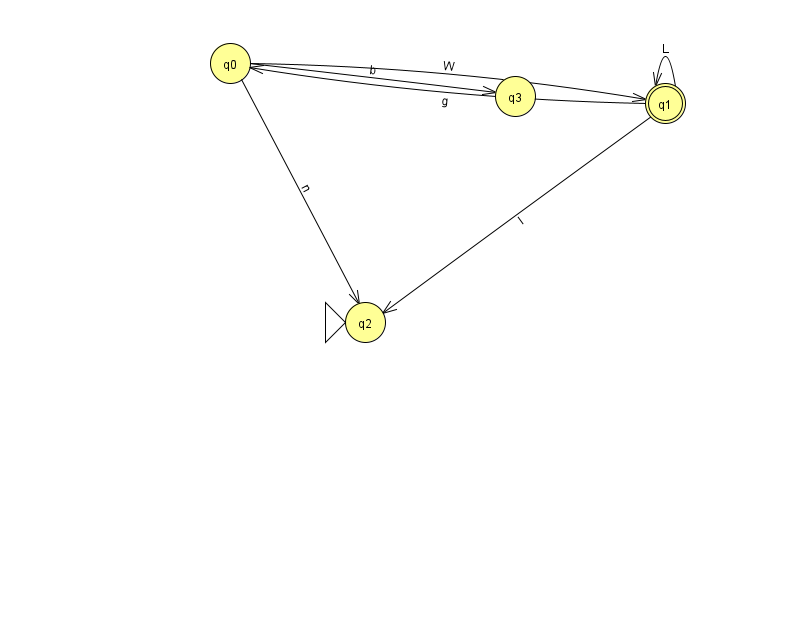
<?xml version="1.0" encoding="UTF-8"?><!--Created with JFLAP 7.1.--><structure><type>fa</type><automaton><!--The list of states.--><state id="0" name="q0"><x>230.0</x><y>50.0</y></state><state id="1" name="q1"><x>665.0</x><y>90.0</y><final/></state><state id="2" name="q2"><x>365.0</x><y>309.0</y><initial/></state><state id="3" name="q3"><x>515.0</x><y>83.0</y></state><!--The list of transitions.--><transition><from>0</from><to>3</to><read>b</read></transition><transition><from>1</from><to>2</to><read>l</read></transition><transition><from>0</from><to>1</to><read>W</read></transition><transition><from>1</from><to>0</to><read>g</read></transition><transition><from>1</from><to>1</to><read>L</read></transition><transition><from>0</from><to>2</to><read>n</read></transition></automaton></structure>